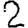
Digit: 2